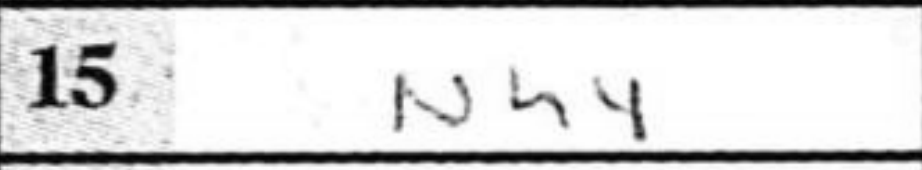
Transcription: Nh4